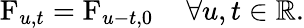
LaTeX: \operatorname{F}_{u,t}=\operatorname{F}_{u-t,0}\quad\forall u,t\in\mathbb{R}.